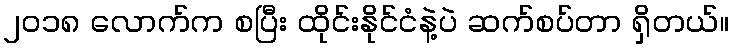
၂၀၁၈ လောက်က စပြီး ထိုင်းနိုင်ငံနဲ့ပဲ ဆက်စပ်တာ ရှိတယ်။